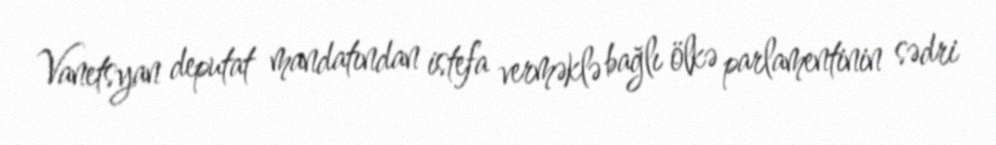
Vanetsyan deputat mandatından istefa verməklə bağlı ölkə parlamentinin sədri